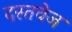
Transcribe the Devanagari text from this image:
दस्तवेज